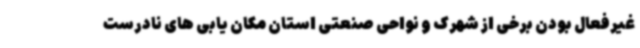
غیرفعال بودن برخی از شهرک و نواحی صنعتی استان مکان یابی های نادرست